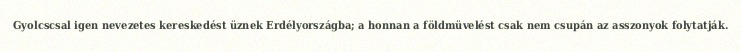
Gyolcscsal igen nevezetes kereskedést üznek Erdélyországba; a honnan a földmüvelést csak nem csupán az asszonyok folytatják.